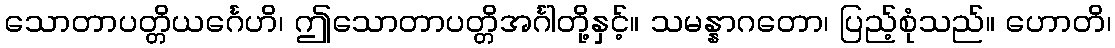
သောတာပတ္တိယင်္ဂေဟိ၊ ဤသောတာပတ္တိအင်္ဂါတို့နှင့်။ သမန္နာဂတော၊ ပြည့်စုံသည်။ ဟောတိ၊